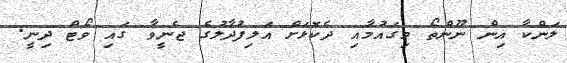
ލަންކާ އިން ނޫންތޯ މިގައުމާއި ދެކޮޅަށް އަލިފުދާލުގެ ޖެނީވާ ގައި ވޯޓް ދިނީ.